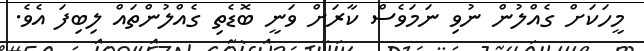
މީހަކަށް ގެއްލުން ނުވި ނަމަވެސް ކާރަށް ވަނީ ބޮޑެތި ގެއްލުންތައް ލިބިފަ އެވެ.